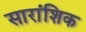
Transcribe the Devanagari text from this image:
सारांशिक